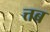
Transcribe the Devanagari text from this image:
त्तब